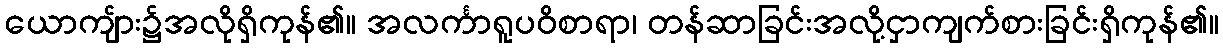
ယောကျ်ား၌အလိုရှိကုန်၏။ အလင်္ကာရူပဝိစာရာ၊ တန်ဆာခြင်းအလို့ငှာကျက်စားခြင်းရှိကုန်၏။